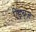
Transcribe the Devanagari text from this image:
ऐंड्रय्‌ज